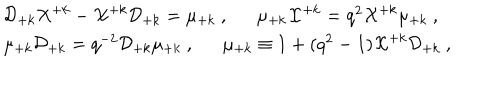
\begin{array} { l } { { { \cal D } _ { + k } { \cal X } ^ { + k } - { \cal X } ^ { + k } { \cal D } _ { + k } = \mu _ { + k } ~ , \mu _ { + k } { \cal X } ^ { + k } = q ^ { 2 } { \cal X } ^ { + k } \mu _ { + k } ~ , } } \\ { { \mu _ { + k } { \cal D } _ { + k } = q ^ { - 2 } { \cal D } _ { + k } \mu _ { + k } ~ , \mu _ { + k } \equiv 1 + ( q ^ { 2 } - 1 ) { \cal X } ^ { + k } { \cal D } _ { + k } ~ , } } \\ \end{array}